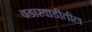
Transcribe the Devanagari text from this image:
वडारवाडीतील